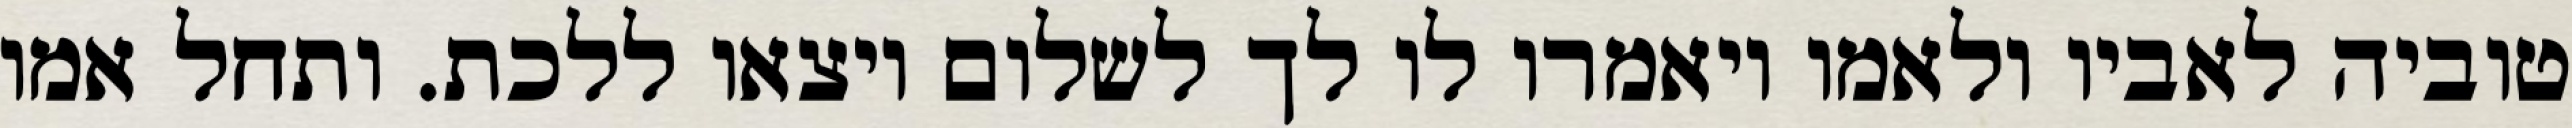
טוביה לאביו ולאמו ויאמרו לו לך לשלום ויצאו ללכת. ותחל אמו